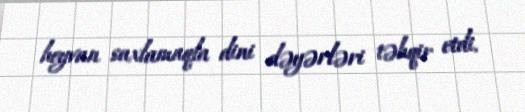
heyvan saxlamaqla dini dəyərləri təhqir etdi.